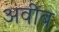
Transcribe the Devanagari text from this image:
अवीब